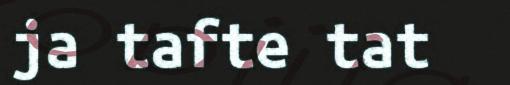
ja tafte tat